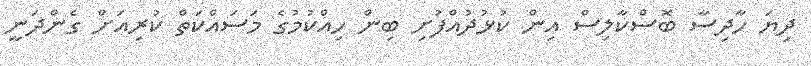
ދިޔަ ހާދިސާ ބޮސްކާލިސް އިން ކުޅުދުއްފުށި ބިން ހިއްކުމުގެ މަސައްކަތް ކުރިއަށް ގެންދަނީ